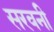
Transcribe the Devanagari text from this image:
सरवनी